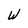
Character: W